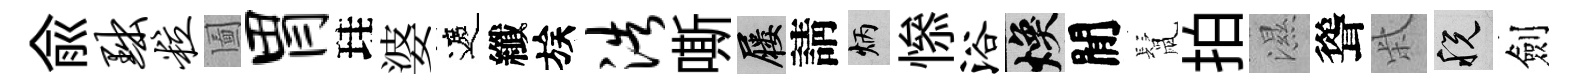
兪黜粒圗胃珪婆遮纖族浩嘶屨請炳𢡖浴焕閒鬛拍濕聳柴税劍